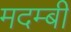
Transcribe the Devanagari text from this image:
मदम्बी